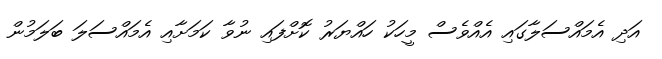
އަދި އެމައްސަލާގައި އެއްވެސް މީހަކު ހައްޔަރު ކޮށްފައި ނުވާ ކަމަށާއި އެމައްސަލަ ބަލަމުން